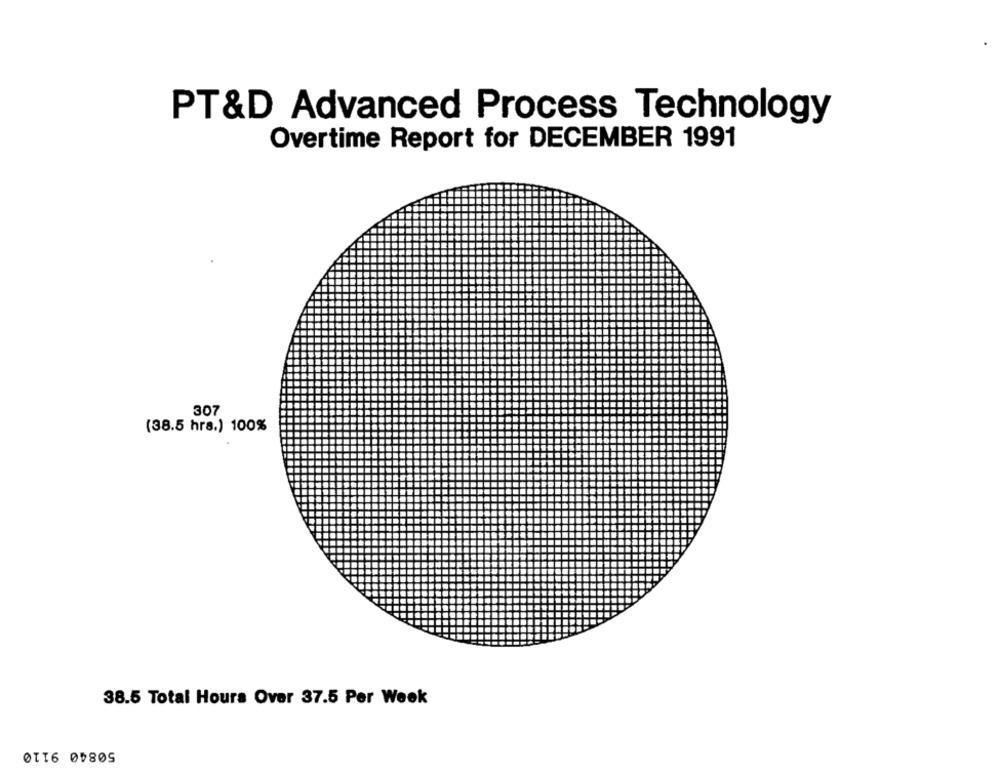
PT&D Advanced Process Technology
Overtime Report for DECEMBER 1991
3.07
(38.5 hrs.) 100%
38.5 Total Hours Over 37.5 Per Week
50840 9110